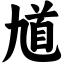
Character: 馗